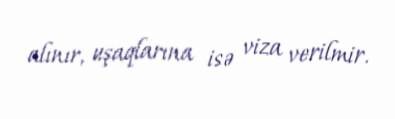
alınır, uşaqlarına isə viza verilmir.